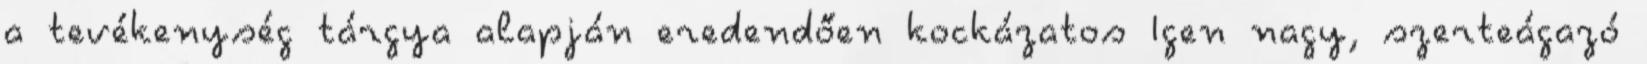
a tevékenység tárgya alapján eredendően kockázatos Igen nagy, szerteágazó